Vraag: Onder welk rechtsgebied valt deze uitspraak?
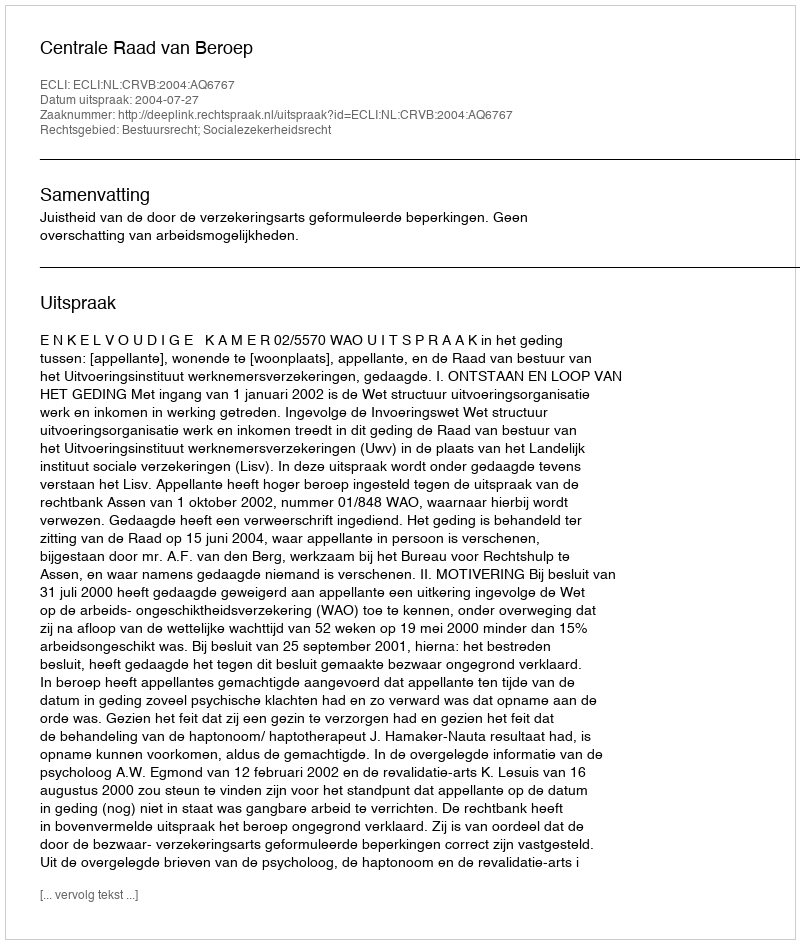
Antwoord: Bestuursrecht; Socialezekerheidsrecht